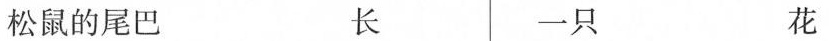
松鼠的尾巴 长 一只 花